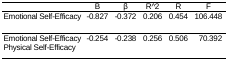
|  | B | β | R^2 | R | F |
 | --- | --- | --- | --- | --- | --- |
 | Emotional Self-Efficacy | -0.827 | -0.372 | 0.206 | 0.454 | 106.448 |
 | Emotional Self-EfficacyPhysical Self-Efficacy | -0.254 | -0.238 | 0.256 | 0.506 | 70.392 |